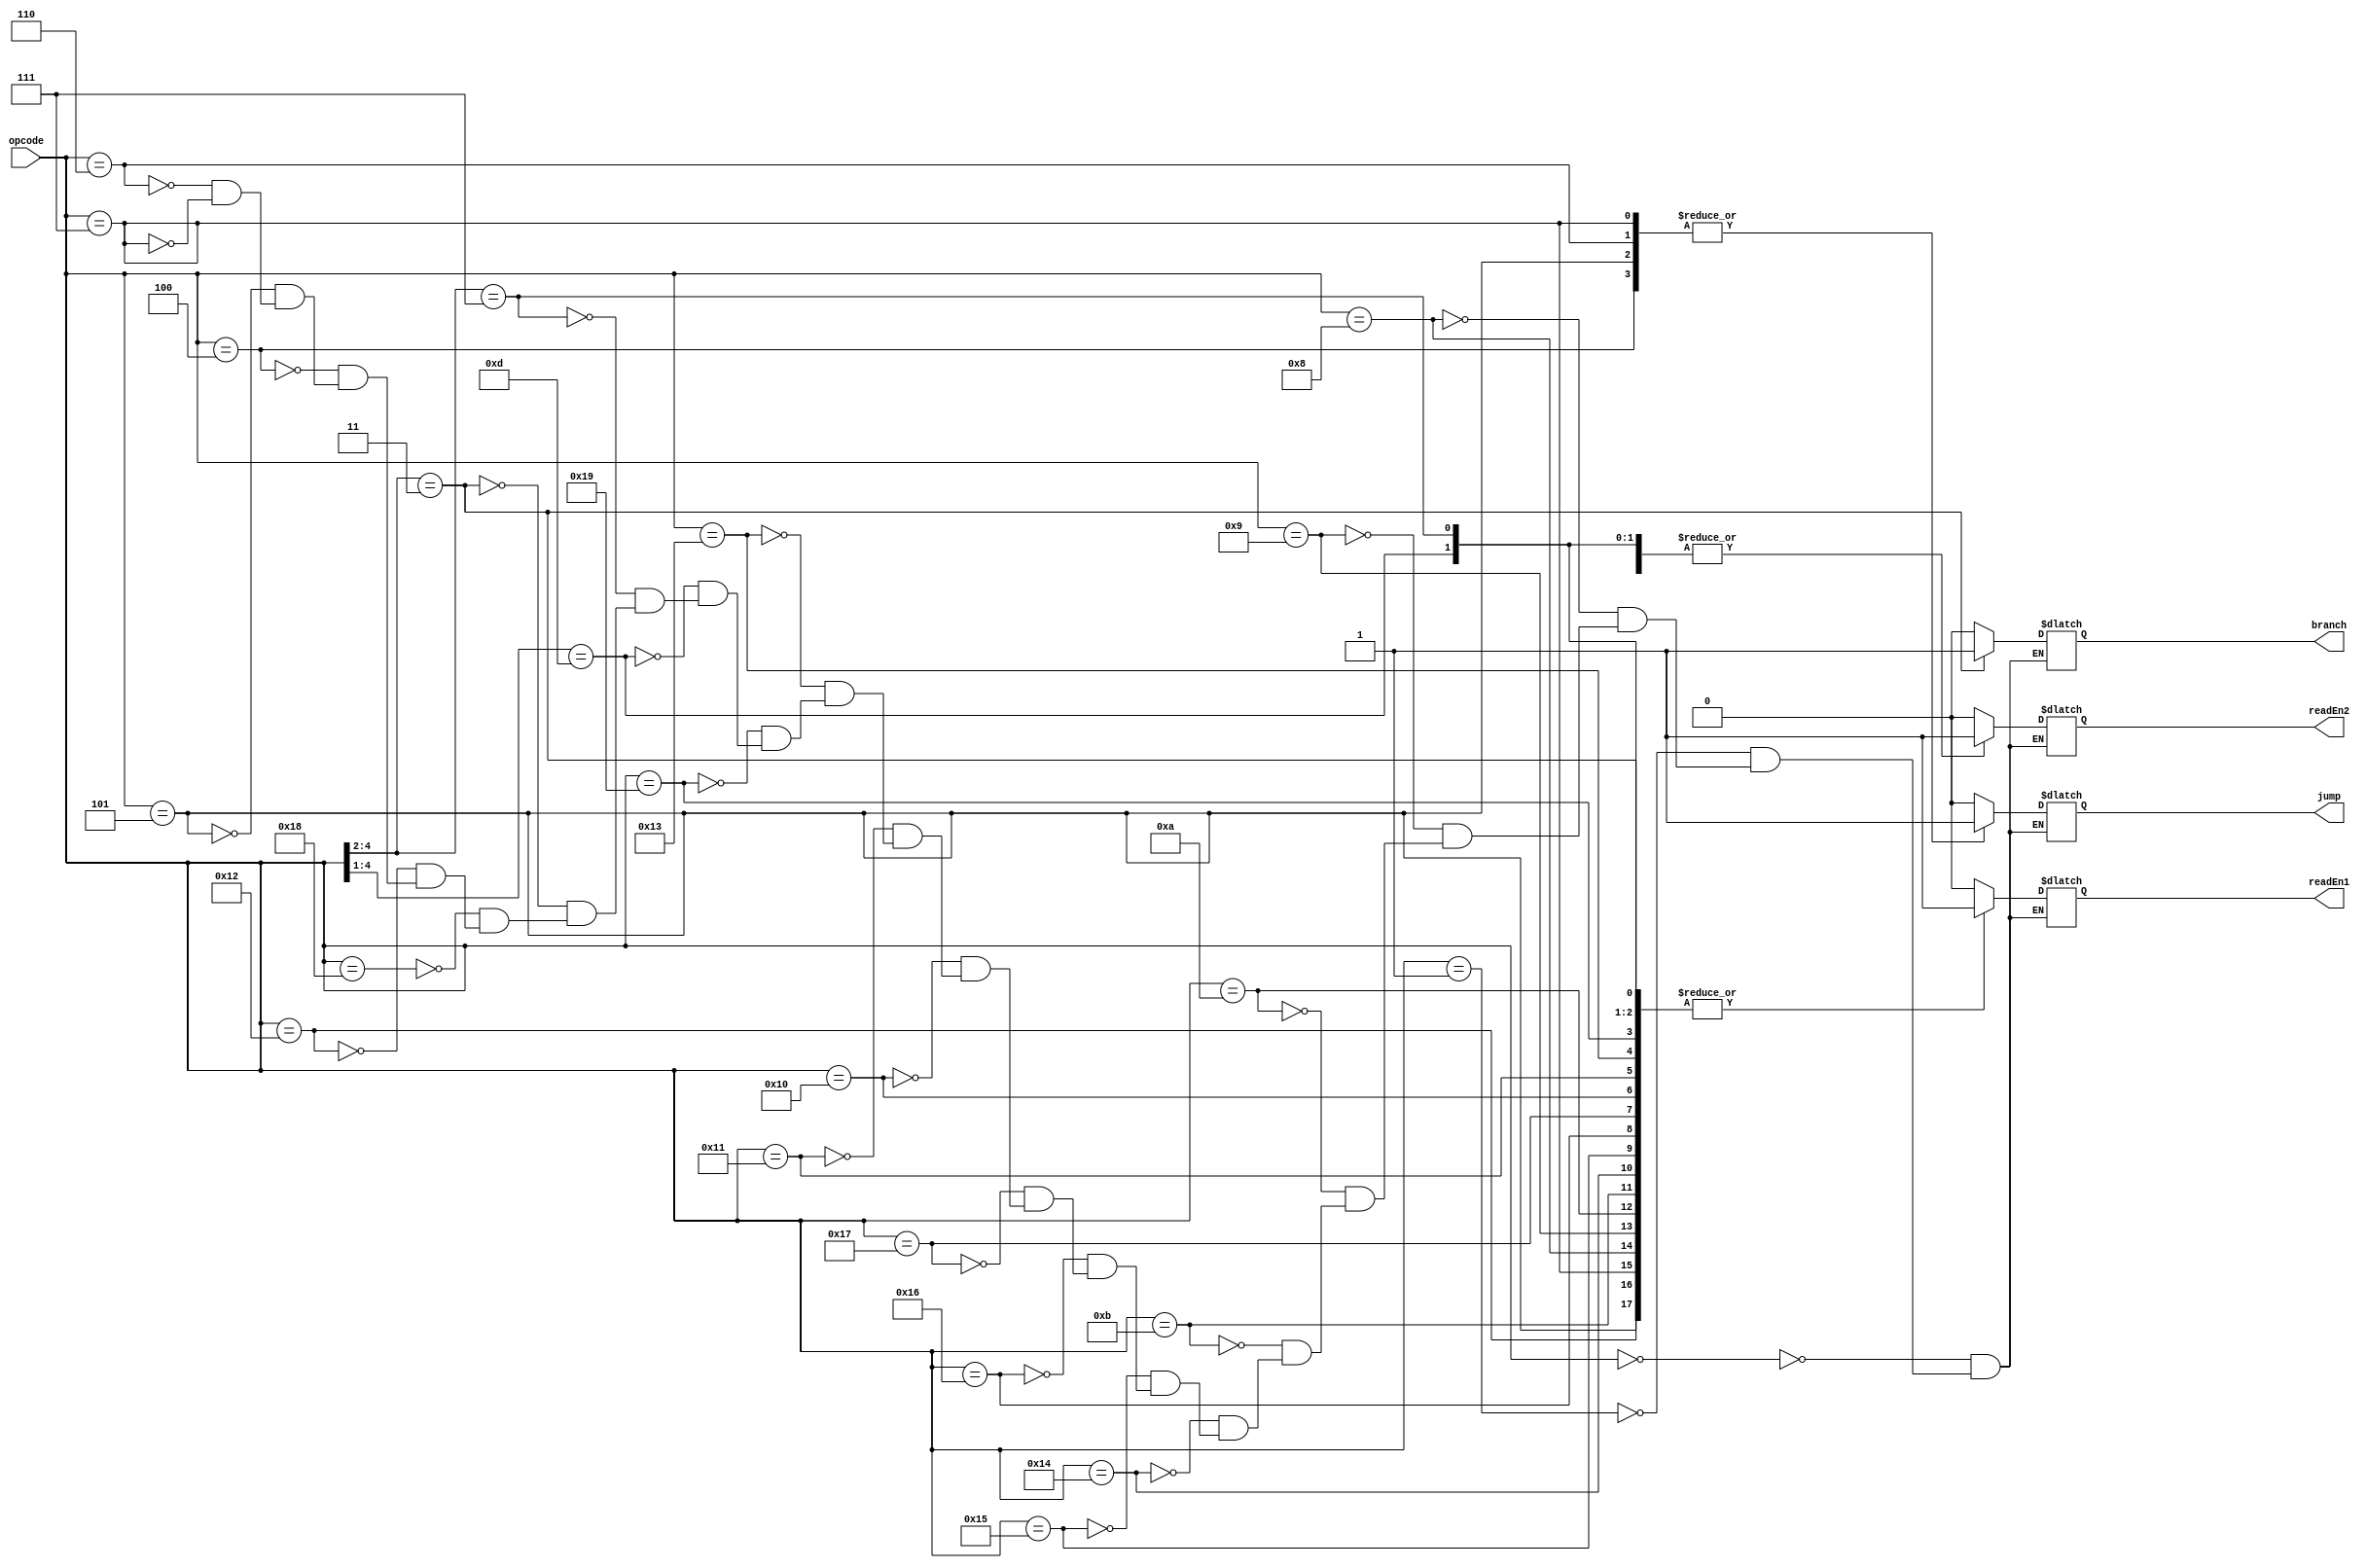
module readEnOp_Control(opcode, readEn1, readEn2, branch, jump);

input [4:0] opcode;
output reg readEn1, readEn2, branch, jump;

  always@(*)
	begin
		casex (opcode)
		
		5'b00000: begin //HALT
			readEn1 = 0;
			readEn2 = 0;
			branch = 0;
			jump = 0;
		end
		
		5'b00001: begin //NOP
			readEn1 = 0;
			readEn2 = 0;
			branch = 0;
			jump = 0;
		end
		
		5'b01000: begin //ADDI
			readEn1 = 1;
			readEn2 = 0;
			branch = 0;
			jump = 0;
		end
		
		5'b01001: begin //SUBI
			readEn1 = 1;
			readEn2 = 0;
			branch = 0;
			jump = 0;
		end
		
		5'b01010: begin //XORI
			readEn1 = 1;
			readEn2 = 0;
			branch = 0;
			jump = 0;
		end
		
		5'b01011: begin //ANDNI
			readEn1 = 1;
			readEn2 = 0;
			branch = 0;
			jump = 0;
		end
		
		5'b10100: begin //ROLI
			readEn1 = 1;
			readEn2 = 0;
			branch = 0;
			jump = 0;
		end
		
		5'b10101: begin //SLLI
			readEn1 = 1;
			readEn2 = 0;
			branch = 0;
			jump = 0;
		end
		
		5'b10110: begin //RORI
			readEn1 = 1;
			readEn2 = 0;
			branch = 0;
			jump = 0;
		end
		
		5'b10111: begin //SRLI
			readEn1 = 1;
			readEn2 = 0;
			branch = 0;
			jump = 0;
		end
		
		5'b10000: begin //ST
			readEn1 = 1;
			readEn2 = 1;
			branch = 0;
			jump = 0;
		end
		
		5'b10001: begin //LD
			readEn1 = 1;
			readEn2 = 0;
			branch = 0;
			jump = 0;
		end
		
		5'b10011: begin //STU
			readEn1 = 1;
			readEn2 = 1;
			branch = 0;
			jump = 0;
		end
		
		5'b11001: begin //BTR
			readEn1 = 1;
			readEn2 = 0;
			branch = 0;
			jump = 0;
		end	
		
		5'b1101?: begin //ADD, SUB, XOR, ANDN, ROL, SLL, ROR, SRL
			readEn1 = 1;
			readEn2 = 1;
			branch = 0;
			jump = 0;
		end	
		
		5'b111??: begin //SEQ, SLT, SLE, SCO
			readEn1 = 1;
			readEn2 = 1;
			branch = 0;
			jump = 0;
		end	
		
		5'b011??: begin //BEQZ, BNEZ, BLTZ, BGEZ
			readEn1 = 1;
			readEn2 = 0;
			branch = 1;
			jump = 0;
		end			
		
		5'b11000: begin //LBI		
			readEn1 = 0;
			readEn2 = 0;
			branch = 0;
			jump = 0;
		end	
		
		5'b10010: begin //SLBI
			readEn1 = 1;
			readEn2 = 0;
			branch = 0;
			jump = 0;
		end	
		
		5'b00100: begin //J
			readEn1 = 0;
			readEn2 = 0;
			branch = 0;
			jump = 1;
		end	
		
		5'b00101: begin //JR
			readEn1 = 1;
			readEn2 = 0;
			branch = 0;
			jump = 1;
		end	
		
		5'b00110: begin //JAL
			readEn1 = 0;
			readEn2 = 0;
			branch = 0;
			jump = 1;
		end	
		
		5'b00111: begin //JALR
			readEn1 = 1;
			readEn2 = 0;
			branch = 0;
			jump = 1;
		end			
		
		default: begin
			//err = 1;
		end
		
		endcase
		
	end

endmodule